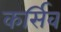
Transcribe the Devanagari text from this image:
कर्सिव